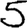
Digit: 5